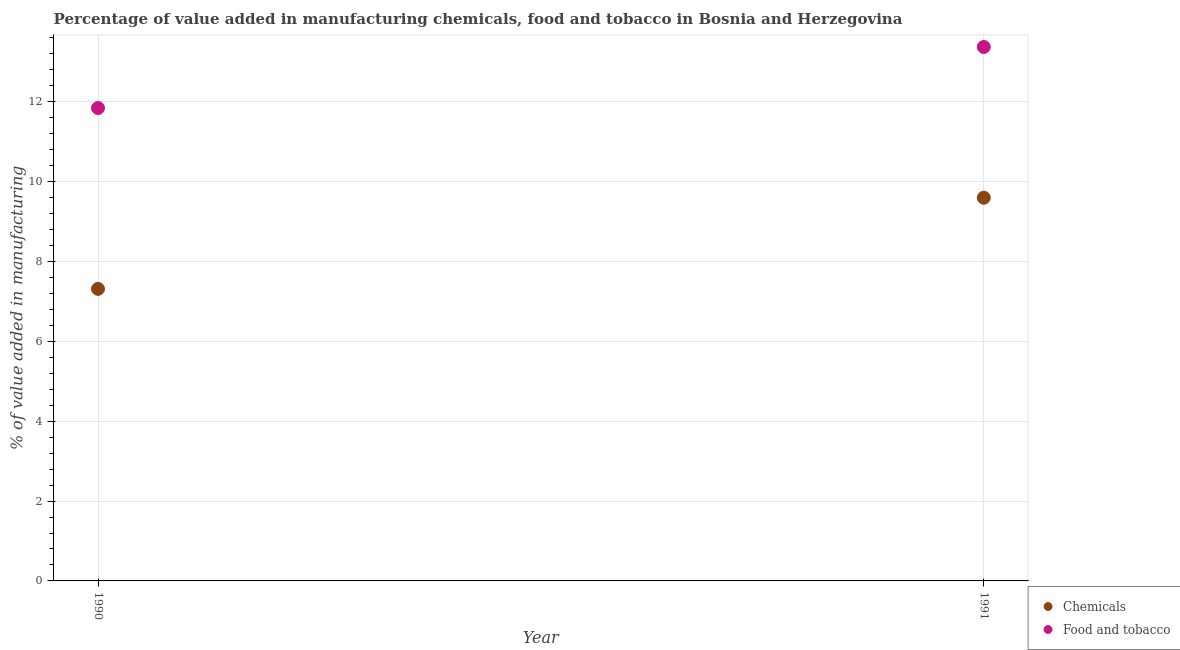
| Year | Chemicals | Food and tobacco |
 | --- | --- | --- |
 | 1990 | 7.31 | 11.8 |
 | 1991 | 9.6 | 13.4 |